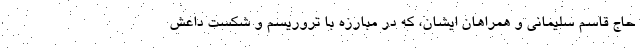
حاج قاسم سلیمانی و همراهان ایشان، که در مبارزه با تروریسم و شکست داعش